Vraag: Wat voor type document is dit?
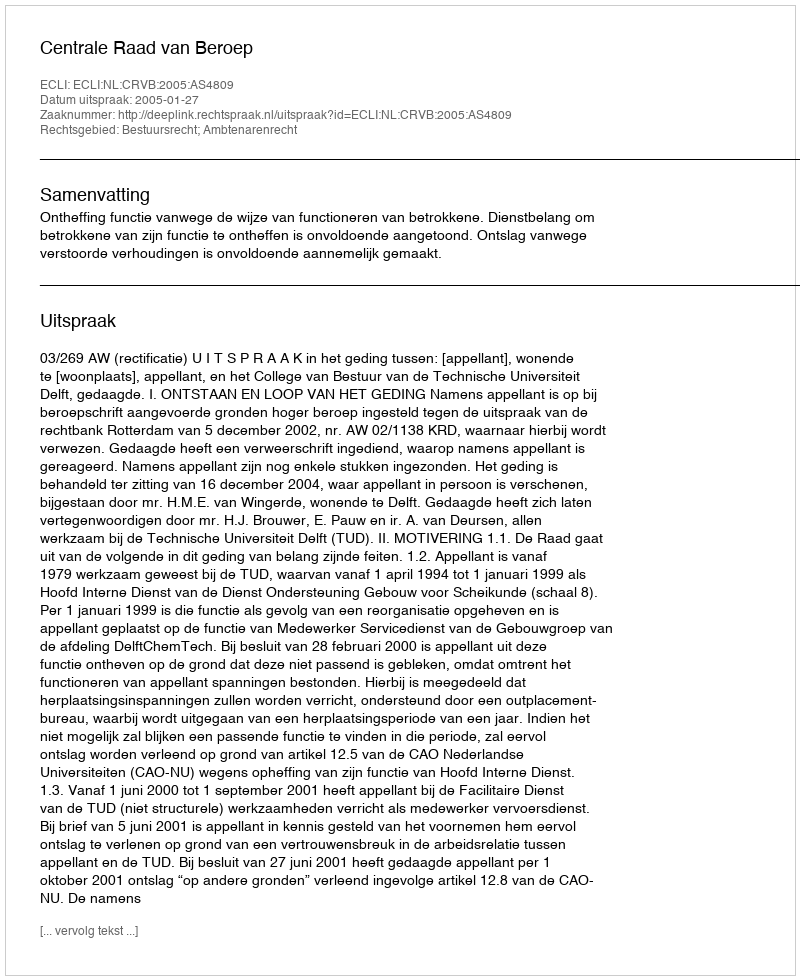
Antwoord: Uitspraak